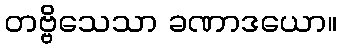
တဗ္ဗိသေသာ ခဏာဒယော။